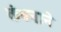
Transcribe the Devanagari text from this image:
कंबनाने